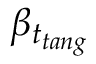
\beta _ { t _ { t a n g } }